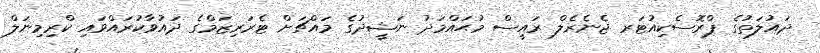
ދައުލަތުގެ ޕްރޮސެކިއުޓަރ ޖެނެރެލް ރައީސް މުޙައްމަދު ނަޝީދުގެ މައްޗަށް ޓެރަރިޒަމްގެ ދައުވާކުރައްވައި ކްރިމިނަލް